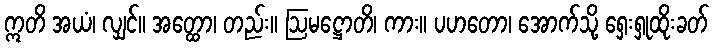
ဣတိ အယံ၊ လျှင်။ အတ္ထော၊ တည်း။ ဩမဋ္ဌောတိ၊ ကား။ ပဟတော၊ အောက်သို့ ရှေးရှုထိုးခတ်